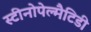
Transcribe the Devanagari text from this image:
स्टीनोपेल्मैटिडी